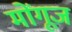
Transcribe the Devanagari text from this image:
मोंगूज